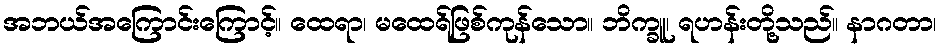
အဘယ်အကြောင်းကြောင့်။ ထေရာ၊ မထေရ်ဖြစ်ကုန်သော။ ဘိက္ခူ၊ ရဟန်းတို့သည်။ နာဂတာ၊